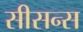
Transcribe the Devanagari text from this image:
सीसन्स